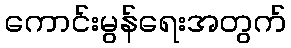
ကောင်းမွန်ရေးအတွက်